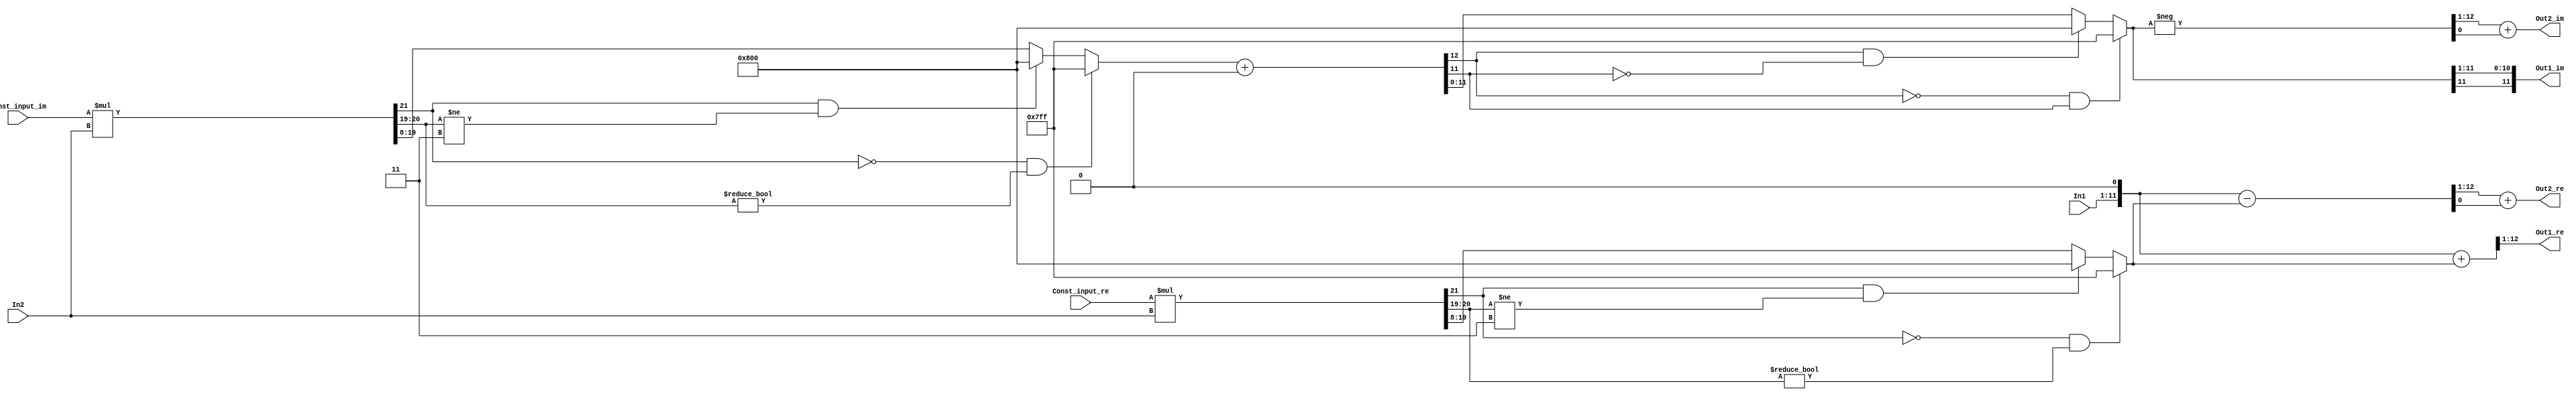
// -------------------------------------------------------------
// 
// 
// Generated by MATLAB 9.4 and HDL Coder 3.12
// 
// -------------------------------------------------------------


// -------------------------------------------------------------
// 
// Module: FirthStage_36
// Source Path: FFTscheme2/FFTv2/Butterflies/128 input 5 step  /FirthStage 36
// Hierarchy Level: 3
// 
// -------------------------------------------------------------

`timescale 1 ns / 1 ns

module FirthStage_36
          (In1,
           In2,
           Const_input_re,
           Const_input_im,
           Out1_re,
           Out1_im,
           Out2_re,
           Out2_im);


  input   signed [10:0] In1;  // sfix11_En3
  input   signed [10:0] In2;  // sfix11_En3
  input   signed [10:0] Const_input_re;  // sfix11_En9
  input   signed [10:0] Const_input_im;  // sfix11_En9
  output  signed [11:0] Out1_re;  // sfix12_En3
  output  signed [11:0] Out1_im;  // sfix12_En3
  output  signed [11:0] Out2_re;  // sfix12_En3
  output  signed [11:0] Out2_im;  // sfix12_En3


  wire signed [21:0] Product_mul_temp;  // sfix22_En12
  wire signed [11:0] Product_cast;  // sfix12_En4
  wire signed [12:0] Product_cast_1;  // sfix13_En4
  wire signed [21:0] Product_mul_temp_1;  // sfix22_En12
  wire signed [11:0] Product_add_cast;  // sfix12_En4
  wire signed [12:0] Product_add_cast_1;  // sfix13_En4
  wire signed [12:0] Product_add_temp;  // sfix13_En4
  wire signed [11:0] Product_out1_re;  // sfix12_En4
  wire signed [11:0] Product_out1_im;  // sfix12_En4
  wire signed [12:0] Sum_add_cast;  // sfix13_En4
  wire signed [12:0] Sum_add_cast_1;  // sfix13_En4
  wire signed [12:0] Sum_add_temp;  // sfix13_En4
  wire signed [12:0] Sum_cast;  // sfix13_En4
  wire signed [11:0] Sum_out1_re;  // sfix12_En3
  wire signed [11:0] Sum_out1_im;  // sfix12_En3
  wire signed [12:0] Sum1_sub_cast;  // sfix13_En4
  wire signed [12:0] Sum1_sub_cast_1;  // sfix13_En4
  wire signed [12:0] Sum1_sub_temp;  // sfix13_En4
  wire signed [12:0] Sum1_cast;  // sfix13_En4
  wire signed [12:0] Sum1_cast_1;  // sfix13_En4
  wire signed [11:0] Sum1_out1_re;  // sfix12_En3
  wire signed [11:0] Sum1_out1_im;  // sfix12_En3


  assign Product_mul_temp = Const_input_re * In2;
  assign Product_cast = ((Product_mul_temp[21] == 1'b0) && (Product_mul_temp[20:19] != 2'b00) ? 12'sb011111111111 :
              ((Product_mul_temp[21] == 1'b1) && (Product_mul_temp[20:19] != 2'b11) ? 12'sb100000000000 :
              $signed(Product_mul_temp[19:8])));
  assign Product_cast_1 = {Product_cast[11], Product_cast};
  assign Product_out1_re = ((Product_cast_1[12] == 1'b0) && (Product_cast_1[11] != 1'b0) ? 12'sb011111111111 :
              ((Product_cast_1[12] == 1'b1) && (Product_cast_1[11] != 1'b1) ? 12'sb100000000000 :
              $signed(Product_cast_1[11:0])));
  assign Product_mul_temp_1 = Const_input_im * In2;
  assign Product_add_cast = ((Product_mul_temp_1[21] == 1'b0) && (Product_mul_temp_1[20:19] != 2'b00) ? 12'sb011111111111 :
              ((Product_mul_temp_1[21] == 1'b1) && (Product_mul_temp_1[20:19] != 2'b11) ? 12'sb100000000000 :
              $signed(Product_mul_temp_1[19:8])));
  assign Product_add_cast_1 = {Product_add_cast[11], Product_add_cast};
  assign Product_add_temp = Product_add_cast_1 + 13'sb0000000000000;
  assign Product_out1_im = ((Product_add_temp[12] == 1'b0) && (Product_add_temp[11] != 1'b0) ? 12'sb011111111111 :
              ((Product_add_temp[12] == 1'b1) && (Product_add_temp[11] != 1'b1) ? 12'sb100000000000 :
              $signed(Product_add_temp[11:0])));



  assign Sum_add_cast = {In1[10], {In1, 1'b0}};
  assign Sum_add_cast_1 = {Product_out1_re[11], Product_out1_re};
  assign Sum_add_temp = Sum_add_cast + Sum_add_cast_1;
  assign Sum_out1_re = Sum_add_temp[12:1];
  assign Sum_cast = {Product_out1_im[11], Product_out1_im};
  assign Sum_out1_im = Sum_cast[12:1];



  assign Out1_re = Sum_out1_re;

  assign Out1_im = Sum_out1_im;

  assign Sum1_sub_cast = {In1[10], {In1, 1'b0}};
  assign Sum1_sub_cast_1 = {Product_out1_re[11], Product_out1_re};
  assign Sum1_sub_temp = Sum1_sub_cast - Sum1_sub_cast_1;
  assign Sum1_out1_re = Sum1_sub_temp[12:1] + $signed({1'b0, Sum1_sub_temp[0]});
  assign Sum1_cast = {Product_out1_im[11], Product_out1_im};
  assign Sum1_cast_1 =  - (Sum1_cast);
  assign Sum1_out1_im = Sum1_cast_1[12:1] + $signed({1'b0, Sum1_cast_1[0]});



  assign Out2_re = Sum1_out1_re;

  assign Out2_im = Sum1_out1_im;

endmodule  // FirthStage_36